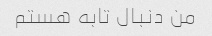
من دنبال تابه هستم